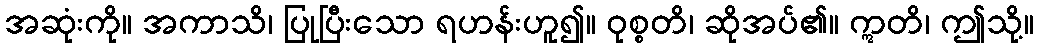
အဆုံးကို။ အကာသိ၊ ပြုပြီးသော ရဟန်းဟူ၍။ ဝုစ္စတိ၊ ဆိုအပ်၏။ ဣတိ၊ ဤသို့။